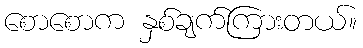
စောစောက နှစ်ချက်ကြားတယ်။